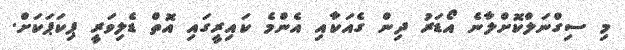
މި ސިގްނަލްކޮށްލާނެ އޯޑަރު ދިން ގެއަކާއި އެންމެ ކައިރީގައި އޮތް ޑެލިވަރީ ޕިކަޕަކަށް.